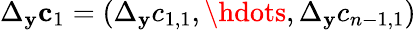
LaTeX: \Delta_{\mathbf{y}}\mathbf{c}_{1}=(\Delta_{\mathbf{y}}c_{1,1},\hdots,\Delta_{\mathbf{y}}c_{n-1,1})